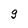
Character: g